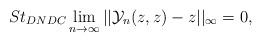
LaTeX: \begin{align*} St_{DNDC}\lim_{n\rightarrow \infty}||\mathcal{Y}_{n}(z,z)-z||_{\infty}=0, \end{align*}